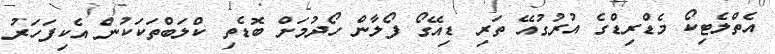
އެތްލެޓިކޯ މެޑްރިޑްގެ އުރުގުއޭ ތަރި ޑިއޭގޯ ފޯލާން ހޯދުމަށް ބޮޑެތި ކްލަބްތަކަކުން އެކިފަހަރު